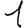
Digit: 1